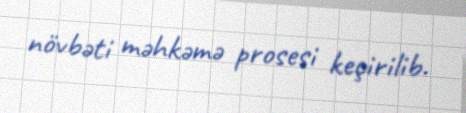
növbəti məhkəmə prosesi keçirilib.